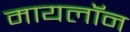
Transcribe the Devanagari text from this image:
मायलॉन